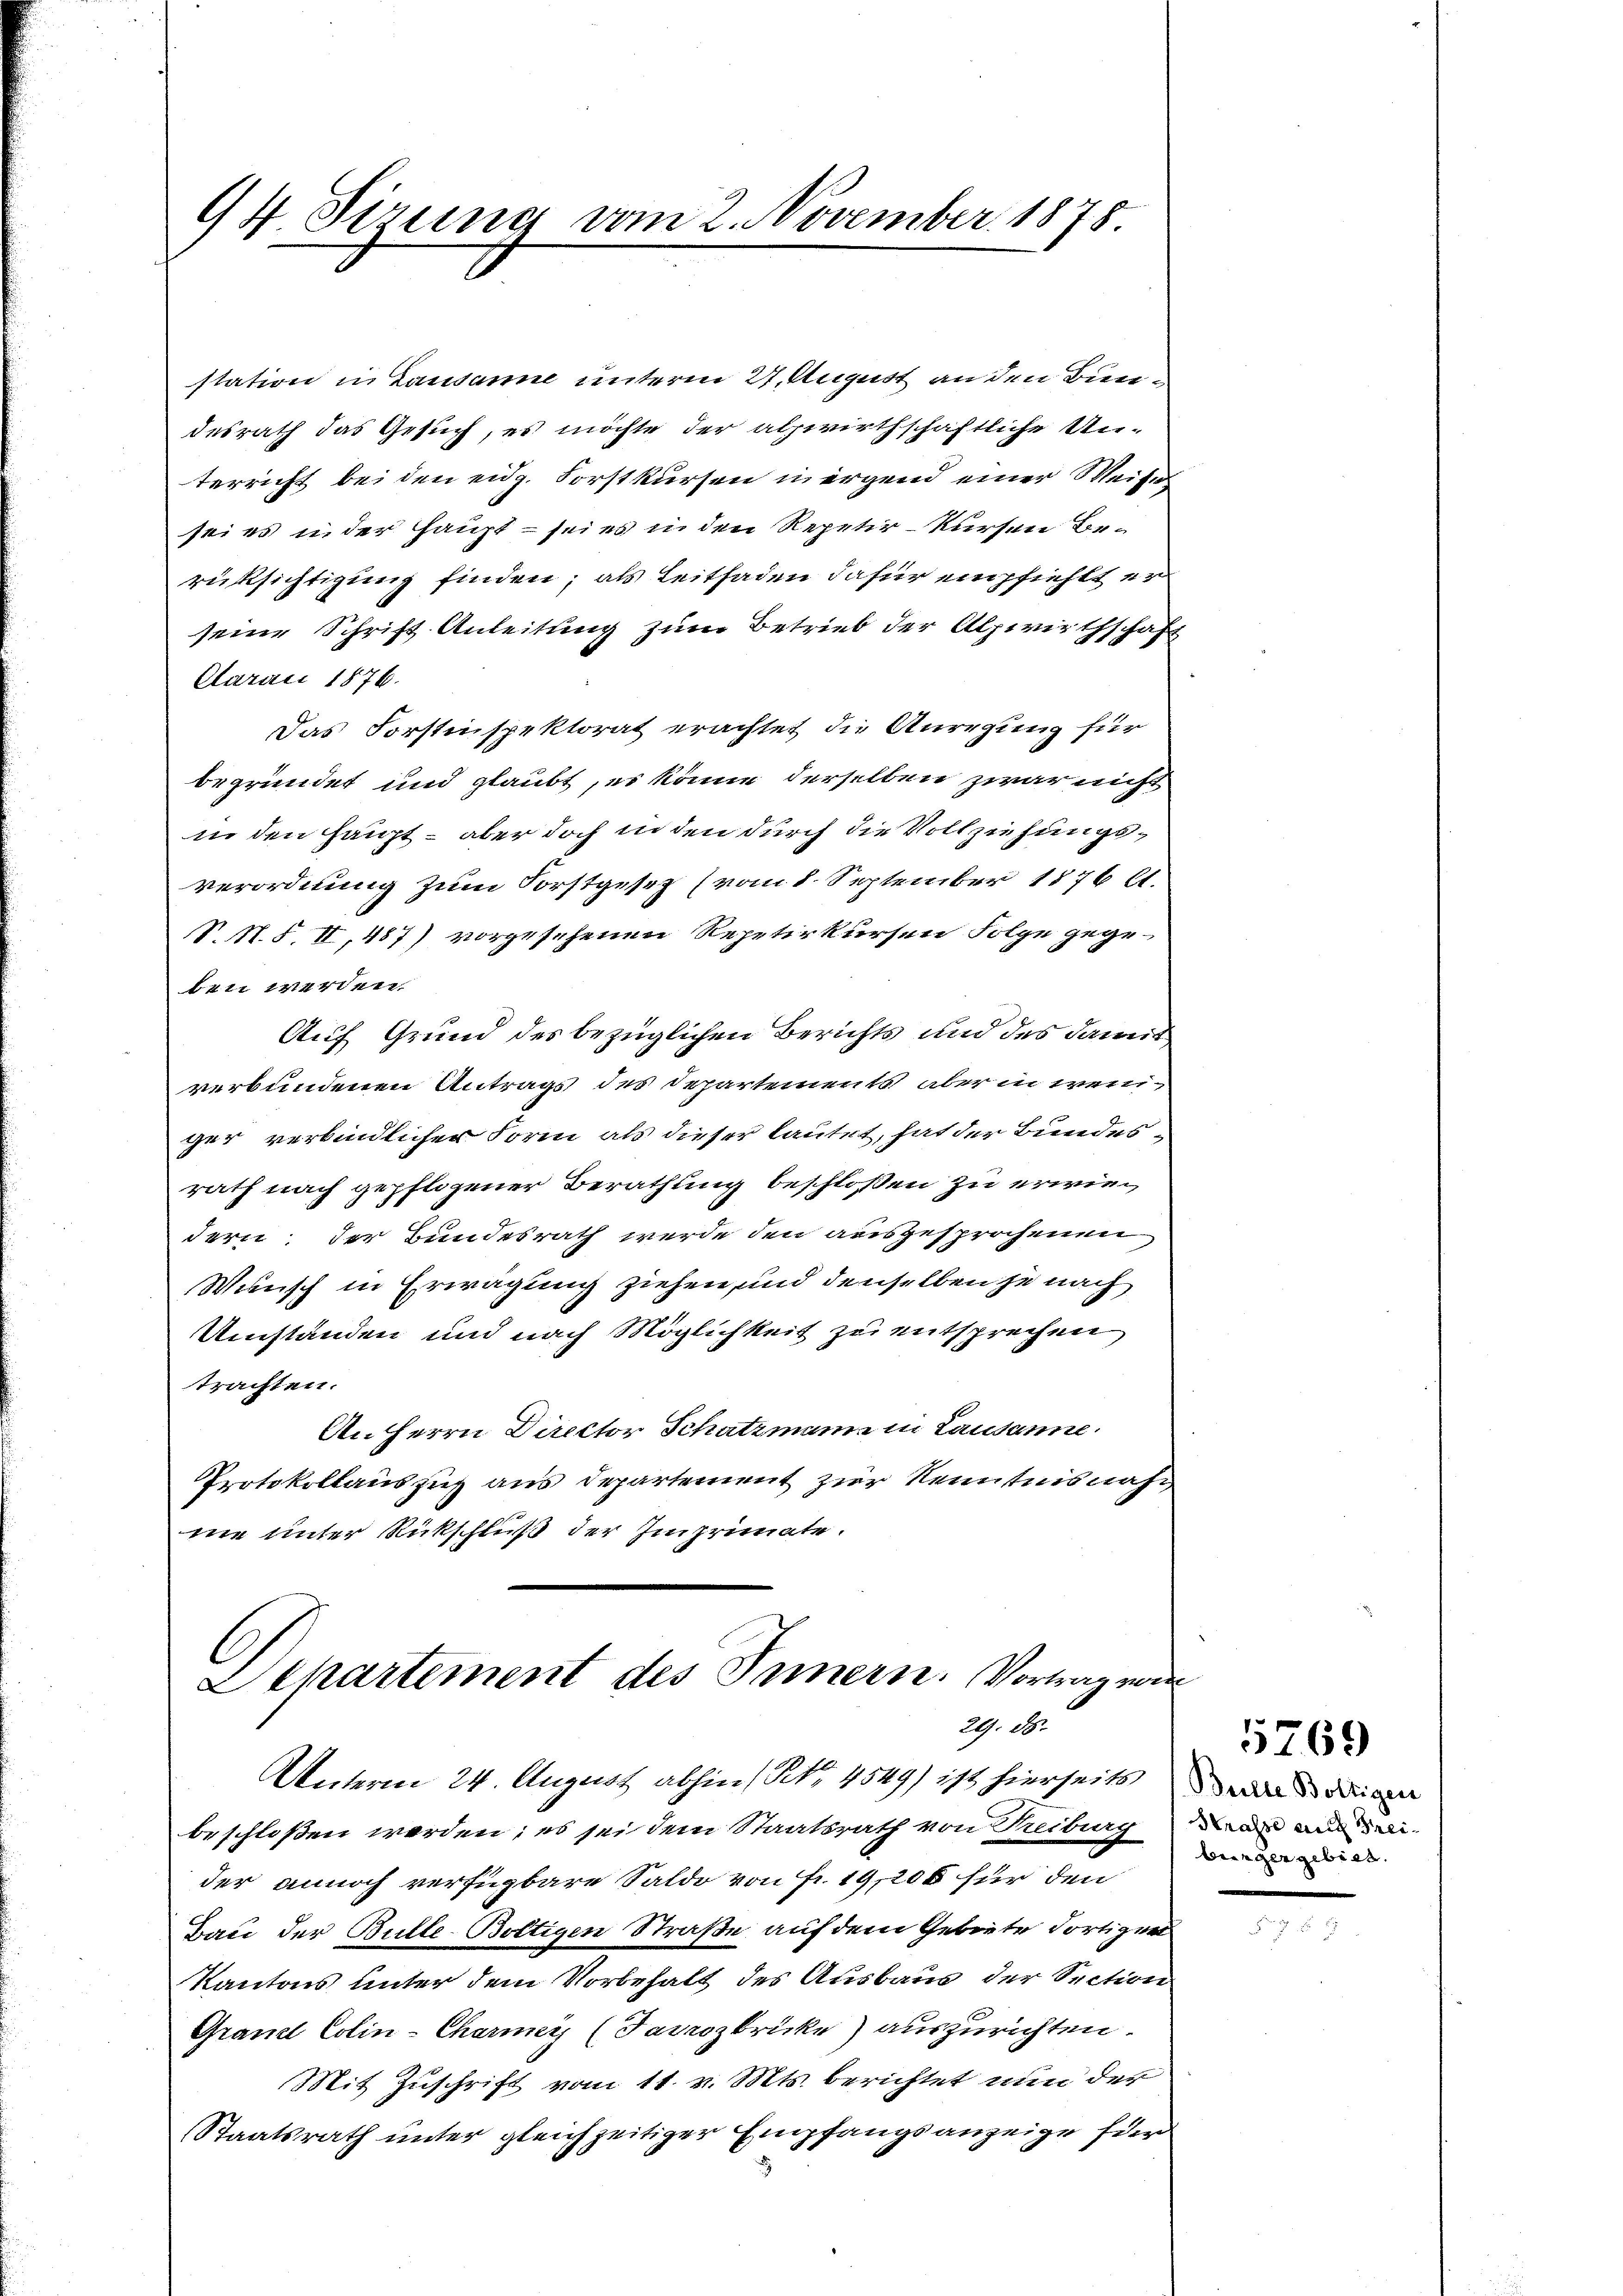
94 Sirung vom 2. November 1878

station in Lausanne unterm 27. August an den Bundesrath das Gesuch, es möchte der alpwirthschaftliche Unterricht bei den eidg. Forstkursen in irgend einer Weises
sei es inder Haupt – sei es in den Repetir-kursen Berüksichtigung finden; als Leitfaden dafür empfiehlt er
seine Schrift Anleitung zum Betrieb der Alpwirthschaft
Caraii 1876.
Das Forstinspektorat erachtet die Anregung für
begründet und glaubt, es könne derselben zwar nicht
in den Haupt – aber doch in den durch die Vollziehungsverordnung zum Forstgesetz (vom 8. September 1876 l.
V.M.S. II, 457) vorgesehenen Repetirkursen Folge gege-
ben werden.
Auf Grund des bezüglichen Berichts und des damit
verbundenen Antrags des Departements aber in weniger verbindlicher Form als dieser lautet, hat der Bundesrath nach gepflogener Berathung beschloßen zu erwiedern, der Bundesrath werde den ausgesprochenen
Wunsch in Erwägung ziehen, und denselben je nach
Umständen und nach Möglichkeit zu entsprechen
trachten.
An Herrn Director Schatzmann in Lausanne.
Protokollaus sich aus Departement zur Kenntnisnahnie unter Rückschluß der Imprimate.

Departement des Innern. Vortrag von
2. 16.
Unterm 24. August abhin (Nr. 4549) ist hierseits

beschloßen werden; es sei dem Staatsrath von Treiburg da und sei
der annoch verfügbare Saldo von Fr. 19,206 für den
Bau der Bulle-Boltigen Straße auf dem Gebiete dortigen
Kantons unter dem Vorbehalt des Ausbaus der Section
Grand Colin-Charme (Tanozbrücke) auszurichten.
Mit Zuschrift vom 11. v. Mts. berichtet nun der
Staatsrath unter gleichzeitiger Empfangsanzeige für

Bulte Boltigen
bringer gebiet.

1769